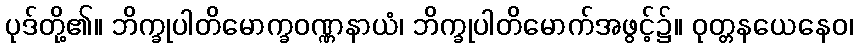
ပုဒ်တို့၏။ ဘိက္ခုပါတိမောက္ခဝဏ္ဏနာယံ၊ ဘိက္ခုပါတိမောက်အဖွင့်၌။ ဝုတ္တနယေနေဝ၊